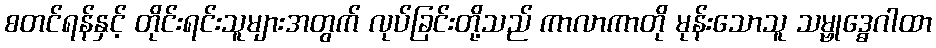
စတင်ရန်နှင့် တိုင်းရင်းသူများအတွက် လုပ်ခြင်းတို့သည် ကာလာကာတို မုန်းသောသူ သမ္ဗုဒ္ဓေဂါထာ